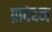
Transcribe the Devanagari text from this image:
प्रावेदन